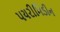
પયરીમિડીન